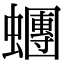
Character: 𧓘